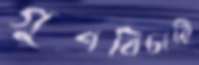
গুণবিচারি